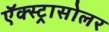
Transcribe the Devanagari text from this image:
ऍक्स्ट्रासोलर